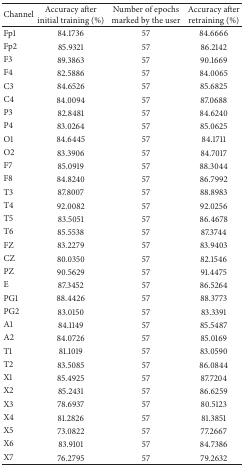
<table><thead><tr><td><b> Channel </b></td><td><b> Accuracy after initial training (%) </b></td><td><b> Number of epochs marked by the user </b></td><td><b> Accuracy after retraining (%) </b></td></tr></thead><tbody><tr><td> Fp1 </td><td> 84.1736 </td><td> 57 </td><td> 84.6666 </td></tr><tr><td> Fp2 </td><td> 85.9321 </td><td> 57 </td><td> 86.2142 </td></tr><tr><td> F3 </td><td> 89.3863 </td><td> 57 </td><td> 90.1669 </td></tr><tr><td> F4 </td><td> 82.5886 </td><td> 57 </td><td> 84.0065 </td></tr><tr><td> C3 </td><td> 84.6526 </td><td> 57 </td><td> 85.6825 </td></tr><tr><td> C4 </td><td> 84.0094 </td><td> 57 </td><td> 87.0688 </td></tr><tr><td> P3 </td><td> 82.8481 </td><td> 57 </td><td> 84.6240 </td></tr><tr><td> P4 </td><td> 83.0264 </td><td> 57 </td><td> 85.0625 </td></tr><tr><td> O1 </td><td> 84.6445 </td><td> 57 </td><td> 84.1711 </td></tr><tr><td> O2 </td><td> 83.3906 </td><td> 57 </td><td> 84.7017 </td></tr><tr><td> F7 </td><td> 85.0919 </td><td> 57 </td><td> 88.3044 </td></tr><tr><td> F8 </td><td> 84.8240 </td><td> 57 </td><td> 86.7992 </td></tr><tr><td> T3 </td><td> 87.8007 </td><td> 57 </td><td> 88.8983 </td></tr><tr><td> T4 </td><td> 92.0082 </td><td> 57 </td><td> 92.0256 </td></tr><tr><td> T5 </td><td> 83.5051 </td><td> 57 </td><td> 86.4678 </td></tr><tr><td> T6 </td><td> 85.5538 </td><td> 57 </td><td> 87.3744 </td></tr><tr><td> FZ </td><td> 83.2279 </td><td> 57 </td><td> 83.9403 </td></tr><tr><td> CZ </td><td> 80.0350 </td><td> 57 </td><td> 82.1546 </td></tr><tr><td> PZ </td><td> 90.5629 </td><td> 57 </td><td> 91.4475 </td></tr><tr><td> E </td><td> 87.3452 </td><td> 57 </td><td> 86.5264 </td></tr><tr><td> PG1 </td><td> 88.4426 </td><td> 57 </td><td> 88.3773 </td></tr><tr><td> PG2 </td><td> 83.0150 </td><td> 57 </td><td> 83.3391 </td></tr><tr><td> A1 </td><td> 84.1149 </td><td> 57 </td><td> 85.5487 </td></tr><tr><td> A2 </td><td> 84.0726 </td><td> 57 </td><td> 85.0169 </td></tr><tr><td> T1 </td><td> 81.1019 </td><td> 57 </td><td> 83.0590 </td></tr><tr><td> T2 </td><td> 83.5085 </td><td> 57 </td><td> 86.0844 </td></tr><tr><td> X1 </td><td> 85.4925 </td><td> 57 </td><td> 87.7204 </td></tr><tr><td> X2 </td><td> 85.2431 </td><td> 57 </td><td> 86.6259 </td></tr><tr><td> X3 </td><td> 78.6937 </td><td> 57 </td><td> 80.5123 </td></tr><tr><td> X4 </td><td> 81.2826 </td><td> 57 </td><td> 81.3851 </td></tr><tr><td> X5 </td><td> 73.0822 </td><td> 57 </td><td> 77.2667 </td></tr><tr><td> X6 </td><td> 83.9101 </td><td> 57 </td><td> 84.7386 </td></tr><tr><td> X7 </td><td> 76.2795 </td><td> 57 </td><td> 79.2632 </td></tr></tbody></table>